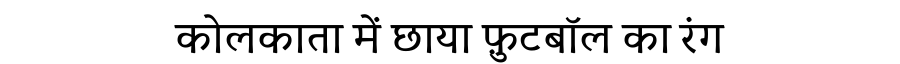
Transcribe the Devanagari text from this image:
कोलकाता में छाया फ़ुटबॉल का रंग